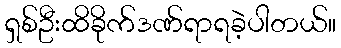
ရှစ်ဦးထိခိုက်ဒဏ်ရာရခဲ့ပါတယ်။